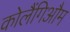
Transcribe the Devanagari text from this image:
कोलैंगिऔम